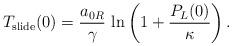
LaTeX: \begin{align*}T_{\rm slide}(0) = \frac{a_{0R}}{\gamma} \,\ln \left( 1 + \frac{P_L(0)}{\kappa} \right).\end{align*}